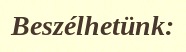
Beszélhetünk: